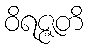
ဝိရဇ္ဇတိ